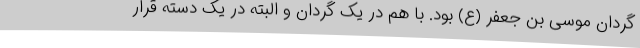
گردان موسی بن جعفر (ع) بود. با هم در یک گردان و البته در یک دسته قرار